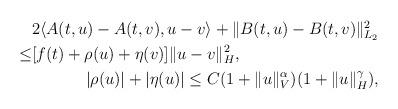
LaTeX: \begin{align*} \begin{aligned}& 2 \langle A(t,u)-A(t,v), u-v \rangle + \Vert B(t,u)-B(t,v)\Vert_{L_2}^2 \\\leq & [f(t)+ \rho(u)+\eta(v) ] \Vert u-v\Vert_{H}^2 , \\\end{aligned}\\ |\rho(u)|+|\eta(u)| \leq C (1+ \Vert u\Vert_V^{\alpha} )(1+\Vert u\Vert_H^{\gamma}),\end{align*}